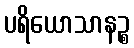
ပရိယောသာနဉ္စ